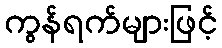
ကွန်ရက်များဖြင့်